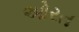
ઓરત